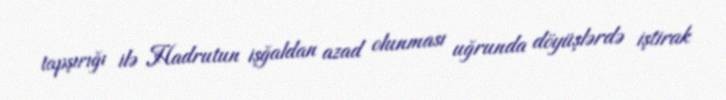
tapşırığı ilə Hadrutun işğaldan azad olunması uğrunda döyüşlərdə iştirak